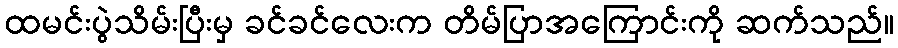
ထမင်းပွဲသိမ်းပြီးမှ ခင်ခင်လေးက တိမ်ပြာအကြောင်းကို ဆက်သည်။